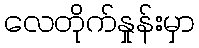
လေတိုက်နှုန်းမှာ